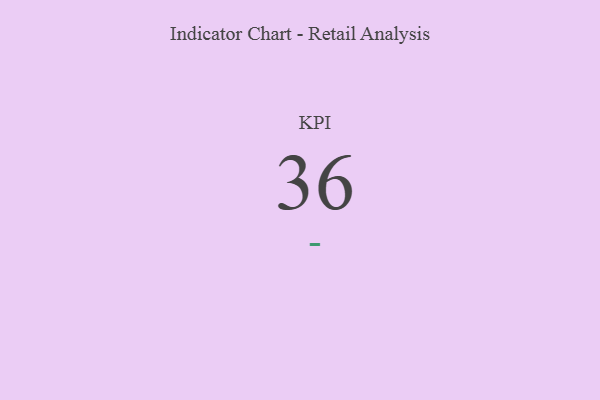
{"axis": {"x": "KPI", "y": "Value"}, "legend": [""], "data": [{"x": "KPI", "y": 36, "type": ""}]}